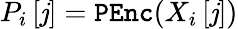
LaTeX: P_{i}\left[\mathit{j}\right]=\mathtt{{PEnc}}(X_{i}\left[\mathit{j}\right])